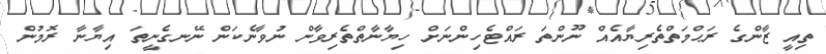
ތިއީ ޒާންގެ ރަޙްމަތްތެރިޔާއެއް ނޫންތަ ރައްޓެހިންނަށް ހިޔާނާތްތެރިވާން ނުވާނެކަން ނޭނގެނީތަ އިޔާނާ ރޮމުން